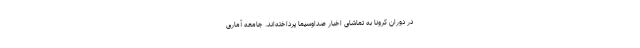
در دوران کرونا به تماشای اخبار صداوسیما پرداخته‌­اند. جامعه آماری